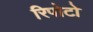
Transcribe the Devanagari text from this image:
रिपोटो